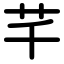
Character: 芊